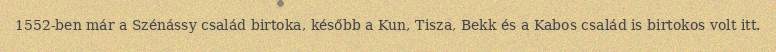
1552-ben már a Szénássy család birtoka, később a Kun, Tisza, Bekk és a Kabos család is birtokos volt itt.